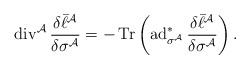
LaTeX: \begin{align*}\operatorname{div}^\mathcal{A}\frac{\delta\bar\ell^\mathcal{A}}{\delta\sigma^\mathcal{A}}=-\operatorname{Tr}\left(\operatorname{ad}^*_{\sigma^\mathcal{A}}\frac{\delta\bar\ell^\mathcal{A}}{\delta\sigma^\mathcal{A}}\right).\end{align*}